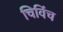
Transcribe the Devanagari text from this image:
चिविंच